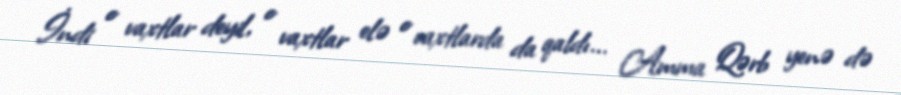
İndi o vaxtlar deyil, o vaxtlar elə o vaxtlarda da qaldı... Amma Qərb yenə də